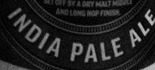
INDIA PALE ALE